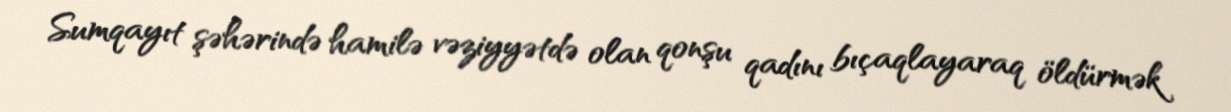
Sumqayıt şəhərində hamilə vəziyyətdə olan qonşu qadını bıçaqlayaraq öldürmək